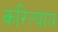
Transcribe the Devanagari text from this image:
करित्याय